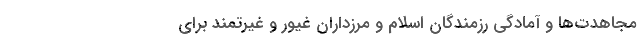
مجاهدت‌ها و آمادگی‌ رزمندگان اسلام و مرزداران غیور و غیرتمند برای